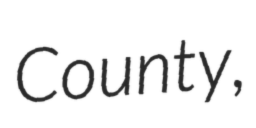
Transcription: County,